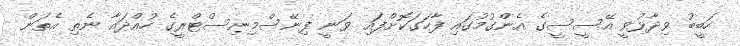
ހަބީބު ވިދާޅުވީ އޭސީސީގެ އެންގުމުގައި ފާހަގަކޮށްފައި ވަނީ ފިނޭސްމިނިސްޓްރީގެ ހުއްދައާ ނެތި އެތަން